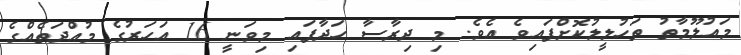
މައުލޫމާތު ތަހުލީލުކޮށްފައިވެ އެވެ. މި ދިރާސާ ހަދާފައި މިވަނީ 16 އަހަރުގެ މުއްދަތެއްގެ